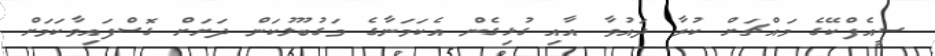
ސީއެފްކޭގެ މައްޗަށް ކުރާ ދައުވާ އާއި ގުޅިގެން އެކަމަނާގެ މަގުބޫލުކަން ދަށަށް ގޮސްފައިވާކަމަށް